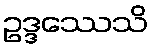
ဥဒ္ဒဿေသိ